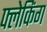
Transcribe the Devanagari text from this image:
फ्लेकिंग